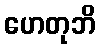
ဟေတုဘိ